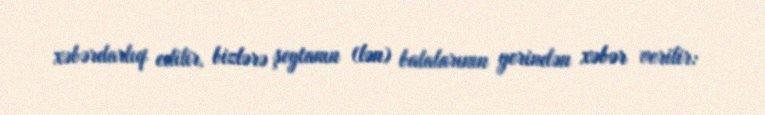
xəbərdarlıq edilir, bizlərə şeytanın (lən) balalarının yerindən xəbər verilir: